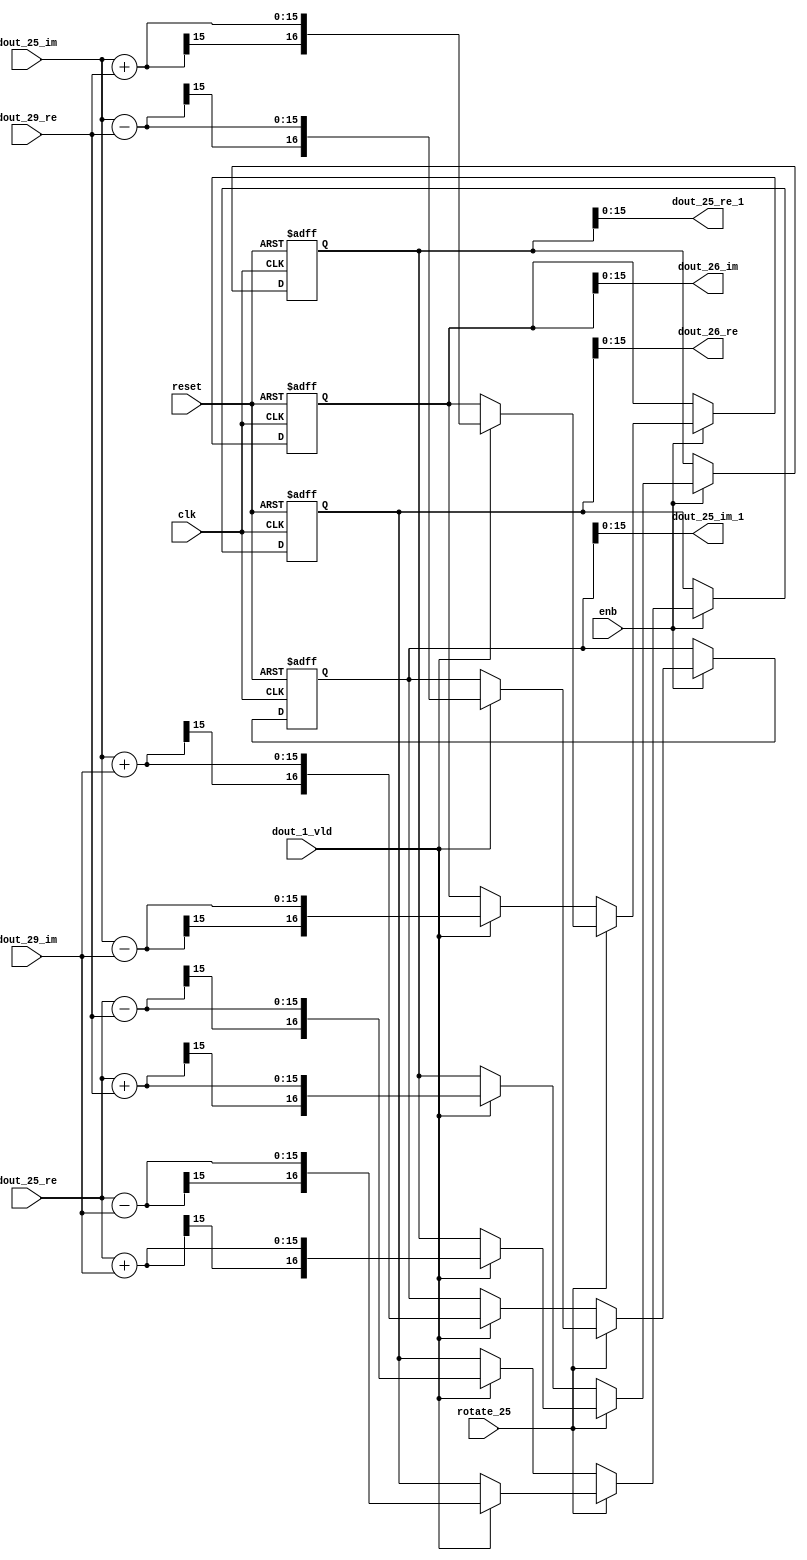
// -------------------------------------------------------------
// 
// 
// Generated by MATLAB 9.14 and HDL Coder 4.1
// 
// -------------------------------------------------------------


// -------------------------------------------------------------
// 
// Module: RADIX22FFT_SDNF2_4_block11
// Source Path: RSP/RSP/Velocity Processor/Doppler Processing/Doppler Processor/FFT/RADIX22FFT_SDNF2_4
// Hierarchy Level: 5
// 
// -------------------------------------------------------------

`timescale 1 ns / 1 ns

module RADIX22FFT_SDNF2_4_block11
          (clk,
           reset,
           enb,
           rotate_25,
           dout_25_re,
           dout_25_im,
           dout_29_re,
           dout_29_im,
           dout_1_vld,
           dout_25_re_1,
           dout_25_im_1,
           dout_26_re,
           dout_26_im);


  input   clk;
  input   reset;
  input   enb;
  input   rotate_25;  // ufix1
  input   signed [14:0] dout_25_re;  // sfix15_En10
  input   signed [14:0] dout_25_im;  // sfix15_En10
  input   signed [14:0] dout_29_re;  // sfix15_En10
  input   signed [14:0] dout_29_im;  // sfix15_En10
  input   dout_1_vld;
  output  signed [15:0] dout_25_re_1;  // sfix16_En10
  output  signed [15:0] dout_25_im_1;  // sfix16_En10
  output  signed [15:0] dout_26_re;  // sfix16_En10
  output  signed [15:0] dout_26_im;  // sfix16_En10


  wire signed [15:0] din1_re;  // sfix16_En10
  wire signed [15:0] din1_im;  // sfix16_En10
  wire signed [15:0] din2_re;  // sfix16_En10
  wire signed [15:0] din2_im;  // sfix16_En10
  reg  Radix22ButterflyG2_NF_din_vld_dly;
  reg signed [16:0] Radix22ButterflyG2_NF_btf1_re_reg;  // sfix17
  reg signed [16:0] Radix22ButterflyG2_NF_btf1_im_reg;  // sfix17
  reg signed [16:0] Radix22ButterflyG2_NF_btf2_re_reg;  // sfix17
  reg signed [16:0] Radix22ButterflyG2_NF_btf2_im_reg;  // sfix17
  reg  Radix22ButterflyG2_NF_din_vld_dly_next;
  reg signed [16:0] Radix22ButterflyG2_NF_btf1_re_reg_next;  // sfix17_En10
  reg signed [16:0] Radix22ButterflyG2_NF_btf1_im_reg_next;  // sfix17_En10
  reg signed [16:0] Radix22ButterflyG2_NF_btf2_re_reg_next;  // sfix17_En10
  reg signed [16:0] Radix22ButterflyG2_NF_btf2_im_reg_next;  // sfix17_En10
  reg signed [15:0] dout_25_re_2;  // sfix16_En10
  reg signed [15:0] dout_25_im_2;  // sfix16_En10
  reg signed [15:0] dout_26_re_1;  // sfix16_En10
  reg signed [15:0] dout_26_im_1;  // sfix16_En10
  reg  dout_4_vld;
  reg signed [16:0] Radix22ButterflyG2_NF_add_cast;  // sfix17_En10
  reg signed [16:0] Radix22ButterflyG2_NF_add_cast_0;  // sfix17_En10
  reg signed [16:0] Radix22ButterflyG2_NF_add_cast_1;  // sfix17_En10
  reg signed [16:0] Radix22ButterflyG2_NF_add_cast_2;  // sfix17_En10
  reg signed [16:0] Radix22ButterflyG2_NF_sub_cast;  // sfix17_En10
  reg signed [16:0] Radix22ButterflyG2_NF_sub_cast_0;  // sfix17_En10
  reg signed [16:0] Radix22ButterflyG2_NF_sub_cast_1;  // sfix17_En10
  reg signed [16:0] Radix22ButterflyG2_NF_sub_cast_2;  // sfix17_En10
  reg signed [16:0] Radix22ButterflyG2_NF_add_cast_3;  // sfix17_En10
  reg signed [16:0] Radix22ButterflyG2_NF_add_cast_4;  // sfix17_En10
  reg signed [16:0] Radix22ButterflyG2_NF_add_cast_5;  // sfix17_En10
  reg signed [16:0] Radix22ButterflyG2_NF_add_cast_6;  // sfix17_En10
  reg signed [16:0] Radix22ButterflyG2_NF_sub_cast_3;  // sfix17_En10
  reg signed [16:0] Radix22ButterflyG2_NF_sub_cast_4;  // sfix17_En10
  reg signed [16:0] Radix22ButterflyG2_NF_sub_cast_5;  // sfix17_En10
  reg signed [16:0] Radix22ButterflyG2_NF_sub_cast_6;  // sfix17_En10


  assign din1_re = {dout_25_re[14], dout_25_re};



  assign din1_im = {dout_25_im[14], dout_25_im};



  assign din2_re = {dout_29_re[14], dout_29_re};



  assign din2_im = {dout_29_im[14], dout_29_im};



  // Radix22ButterflyG2_NF
  always @(posedge clk or posedge reset)
    begin : Radix22ButterflyG2_NF_process
      if (reset == 1'b1) begin
        Radix22ButterflyG2_NF_din_vld_dly <= 1'b0;
        Radix22ButterflyG2_NF_btf1_re_reg <= 17'sb00000000000000000;
        Radix22ButterflyG2_NF_btf1_im_reg <= 17'sb00000000000000000;
        Radix22ButterflyG2_NF_btf2_re_reg <= 17'sb00000000000000000;
        Radix22ButterflyG2_NF_btf2_im_reg <= 17'sb00000000000000000;
      end
      else begin
        if (enb) begin
          Radix22ButterflyG2_NF_din_vld_dly <= Radix22ButterflyG2_NF_din_vld_dly_next;
          Radix22ButterflyG2_NF_btf1_re_reg <= Radix22ButterflyG2_NF_btf1_re_reg_next;
          Radix22ButterflyG2_NF_btf1_im_reg <= Radix22ButterflyG2_NF_btf1_im_reg_next;
          Radix22ButterflyG2_NF_btf2_re_reg <= Radix22ButterflyG2_NF_btf2_re_reg_next;
          Radix22ButterflyG2_NF_btf2_im_reg <= Radix22ButterflyG2_NF_btf2_im_reg_next;
        end
      end
    end

  always @(Radix22ButterflyG2_NF_btf1_im_reg, Radix22ButterflyG2_NF_btf1_re_reg,
       Radix22ButterflyG2_NF_btf2_im_reg, Radix22ButterflyG2_NF_btf2_re_reg,
       Radix22ButterflyG2_NF_din_vld_dly, din1_im, din1_re, din2_im, din2_re,
       dout_1_vld, rotate_25) begin
    Radix22ButterflyG2_NF_add_cast_1 = 17'sb00000000000000000;
    Radix22ButterflyG2_NF_add_cast_2 = 17'sb00000000000000000;
    Radix22ButterflyG2_NF_sub_cast_1 = 17'sb00000000000000000;
    Radix22ButterflyG2_NF_sub_cast_2 = 17'sb00000000000000000;
    Radix22ButterflyG2_NF_add_cast_5 = 17'sb00000000000000000;
    Radix22ButterflyG2_NF_add_cast_6 = 17'sb00000000000000000;
    Radix22ButterflyG2_NF_sub_cast_5 = 17'sb00000000000000000;
    Radix22ButterflyG2_NF_sub_cast_6 = 17'sb00000000000000000;
    Radix22ButterflyG2_NF_add_cast = 17'sb00000000000000000;
    Radix22ButterflyG2_NF_add_cast_0 = 17'sb00000000000000000;
    Radix22ButterflyG2_NF_sub_cast = 17'sb00000000000000000;
    Radix22ButterflyG2_NF_sub_cast_0 = 17'sb00000000000000000;
    Radix22ButterflyG2_NF_add_cast_3 = 17'sb00000000000000000;
    Radix22ButterflyG2_NF_add_cast_4 = 17'sb00000000000000000;
    Radix22ButterflyG2_NF_sub_cast_3 = 17'sb00000000000000000;
    Radix22ButterflyG2_NF_sub_cast_4 = 17'sb00000000000000000;
    Radix22ButterflyG2_NF_btf1_re_reg_next = Radix22ButterflyG2_NF_btf1_re_reg;
    Radix22ButterflyG2_NF_btf1_im_reg_next = Radix22ButterflyG2_NF_btf1_im_reg;
    Radix22ButterflyG2_NF_btf2_re_reg_next = Radix22ButterflyG2_NF_btf2_re_reg;
    Radix22ButterflyG2_NF_btf2_im_reg_next = Radix22ButterflyG2_NF_btf2_im_reg;
    Radix22ButterflyG2_NF_din_vld_dly_next = dout_1_vld;
    if (rotate_25 != 1'b0) begin
      if (dout_1_vld) begin
        Radix22ButterflyG2_NF_add_cast_1 = {din1_re[15], din1_re};
        Radix22ButterflyG2_NF_add_cast_2 = {din2_im[15], din2_im};
        Radix22ButterflyG2_NF_btf1_re_reg_next = Radix22ButterflyG2_NF_add_cast_1 + Radix22ButterflyG2_NF_add_cast_2;
        Radix22ButterflyG2_NF_sub_cast_1 = {din1_re[15], din1_re};
        Radix22ButterflyG2_NF_sub_cast_2 = {din2_im[15], din2_im};
        Radix22ButterflyG2_NF_btf2_re_reg_next = Radix22ButterflyG2_NF_sub_cast_1 - Radix22ButterflyG2_NF_sub_cast_2;
        Radix22ButterflyG2_NF_add_cast_5 = {din1_im[15], din1_im};
        Radix22ButterflyG2_NF_add_cast_6 = {din2_re[15], din2_re};
        Radix22ButterflyG2_NF_btf2_im_reg_next = Radix22ButterflyG2_NF_add_cast_5 + Radix22ButterflyG2_NF_add_cast_6;
        Radix22ButterflyG2_NF_sub_cast_5 = {din1_im[15], din1_im};
        Radix22ButterflyG2_NF_sub_cast_6 = {din2_re[15], din2_re};
        Radix22ButterflyG2_NF_btf1_im_reg_next = Radix22ButterflyG2_NF_sub_cast_5 - Radix22ButterflyG2_NF_sub_cast_6;
      end
    end
    else if (dout_1_vld) begin
      Radix22ButterflyG2_NF_add_cast = {din1_re[15], din1_re};
      Radix22ButterflyG2_NF_add_cast_0 = {din2_re[15], din2_re};
      Radix22ButterflyG2_NF_btf1_re_reg_next = Radix22ButterflyG2_NF_add_cast + Radix22ButterflyG2_NF_add_cast_0;
      Radix22ButterflyG2_NF_sub_cast = {din1_re[15], din1_re};
      Radix22ButterflyG2_NF_sub_cast_0 = {din2_re[15], din2_re};
      Radix22ButterflyG2_NF_btf2_re_reg_next = Radix22ButterflyG2_NF_sub_cast - Radix22ButterflyG2_NF_sub_cast_0;
      Radix22ButterflyG2_NF_add_cast_3 = {din1_im[15], din1_im};
      Radix22ButterflyG2_NF_add_cast_4 = {din2_im[15], din2_im};
      Radix22ButterflyG2_NF_btf1_im_reg_next = Radix22ButterflyG2_NF_add_cast_3 + Radix22ButterflyG2_NF_add_cast_4;
      Radix22ButterflyG2_NF_sub_cast_3 = {din1_im[15], din1_im};
      Radix22ButterflyG2_NF_sub_cast_4 = {din2_im[15], din2_im};
      Radix22ButterflyG2_NF_btf2_im_reg_next = Radix22ButterflyG2_NF_sub_cast_3 - Radix22ButterflyG2_NF_sub_cast_4;
    end
    dout_25_re_2 = Radix22ButterflyG2_NF_btf1_re_reg[15:0];
    dout_25_im_2 = Radix22ButterflyG2_NF_btf1_im_reg[15:0];
    dout_26_re_1 = Radix22ButterflyG2_NF_btf2_re_reg[15:0];
    dout_26_im_1 = Radix22ButterflyG2_NF_btf2_im_reg[15:0];
    dout_4_vld = Radix22ButterflyG2_NF_din_vld_dly;
  end



  assign dout_25_re_1 = dout_25_re_2;

  assign dout_25_im_1 = dout_25_im_2;

  assign dout_26_re = dout_26_re_1;

  assign dout_26_im = dout_26_im_1;

endmodule  // RADIX22FFT_SDNF2_4_block11